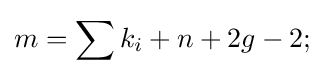
m=\sum k_{i}+n+2g-2;